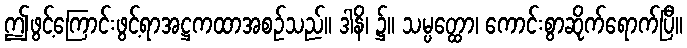
ဤဖွင့်ကြောင်းဖွင့်ရာအဋ္ဌကထာအစဉ်သည်။ ဒါနိ၊ ၌။ သမ္ပတ္ထော၊ ကောင်းစွာဆိုက်ရောက်ပြီ။